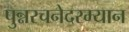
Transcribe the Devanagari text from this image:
पुन्नरचनेदरम्यान